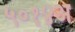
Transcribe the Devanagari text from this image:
५०१४अ